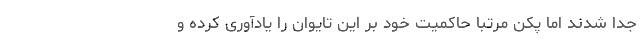
جدا شدند اما پکن مرتبا حاکمیت خود بر این تایوان را یادآوری کرده و